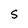
Character: 5